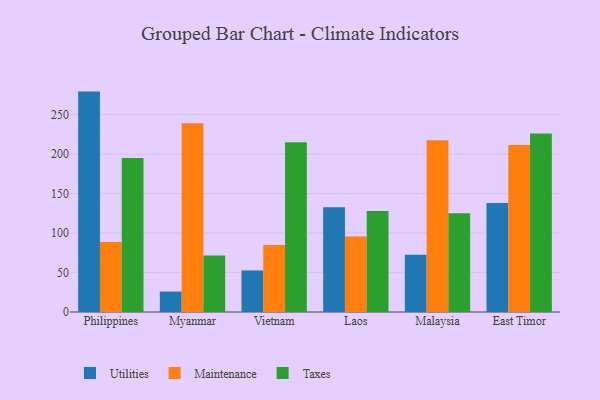
{"axis": {"x": "Country", "y": "Shipments"}, "legend": ["Maintenance", "Taxes", "Utilities"], "data": [{"x": "Philippines", "y": 279.1, "type": "Utilities"}, {"x": "Philippines", "y": 88.6, "type": "Maintenance"}, {"x": "Philippines", "y": 194.9, "type": "Taxes"}, {"x": "Myanmar", "y": 25.9, "type": "Utilities"}, {"x": "Myanmar", "y": 239.1, "type": "Maintenance"}, {"x": "Myanmar", "y": 71.7, "type": "Taxes"}, {"x": "Vietnam", "y": 52.6, "type": "Utilities"}, {"x": "Vietnam", "y": 84.8, "type": "Maintenance"}, {"x": "Vietnam", "y": 215.1, "type": "Taxes"}, {"x": "Laos", "y": 132.5, "type": "Utilities"}, {"x": "Laos", "y": 95.7, "type": "Maintenance"}, {"x": "Laos", "y": 127.9, "type": "Taxes"}, {"x": "Malaysia", "y": 72.5, "type": "Utilities"}, {"x": "Malaysia", "y": 217.6, "type": "Maintenance"}, {"x": "Malaysia", "y": 125.2, "type": "Taxes"}, {"x": "East Timor", "y": 138.0, "type": "Utilities"}, {"x": "East Timor", "y": 211.6, "type": "Maintenance"}, {"x": "East Timor", "y": 225.9, "type": "Taxes"}]}